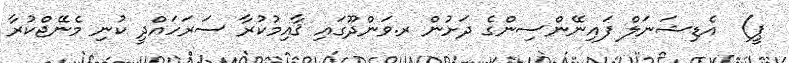
ޕީ)  އެޑިޝަނަލް ފައިނޭންސިންގެ ދަށުން ރ.ވަންދޫގައި ޤާއިމުކުރާ ސަރަހައްދީ ކުނި މެނޭޖްކުރާ